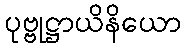
ပုဗ္ဗုဋ္ဌာယိနိယော